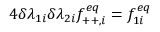
4 \delta \lambda _ { 1 i } \delta \lambda _ { 2 i } f _ { + + , i } ^ { e q } = f _ { 1 i } ^ { e q }